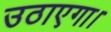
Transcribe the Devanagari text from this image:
उठाएगा।